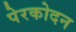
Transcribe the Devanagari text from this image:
पेरकोदन